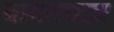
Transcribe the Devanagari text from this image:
वामतयाज़